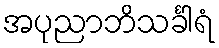
အပုညာဘိသင်္ခါရံ